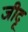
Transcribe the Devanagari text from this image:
जीदृ